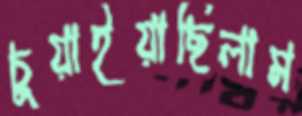
চুয়াইয়াছিলাম